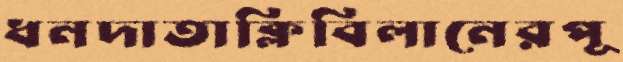
ধনদাতাক্লিবিলানেরপূ